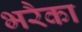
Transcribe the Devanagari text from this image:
भरैका